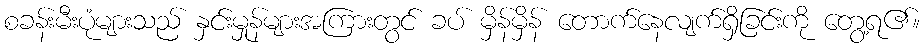
စခန်းမီးပုံများသည် နှင်းမှုန်များအကြားတွင် ခပ် မှိန်မှိန် တောက်နေလျက်ရှိခြင်းကို တွေ့ရ၏။